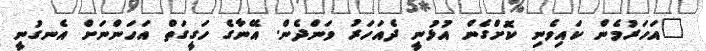
"އަހަރުމެން ކައިވެނި ކޮށްގެން އުޅުނީ ދެއަހަރު ވަންދެން. އޭނާގެ ހަގީގަތް އަހަންނަށް އެނގުނީ